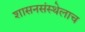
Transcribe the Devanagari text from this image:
शासनसंस्थेलाच